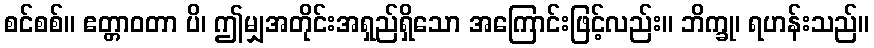
စင်စစ်။ ဧတ္တာဝတာ ပိ၊ ဤမျှအတိုင်းအရှည်ရှိသော အကြောင်းဖြင့်လည်း။ ဘိက္ခု၊ ရဟန်းသည်။